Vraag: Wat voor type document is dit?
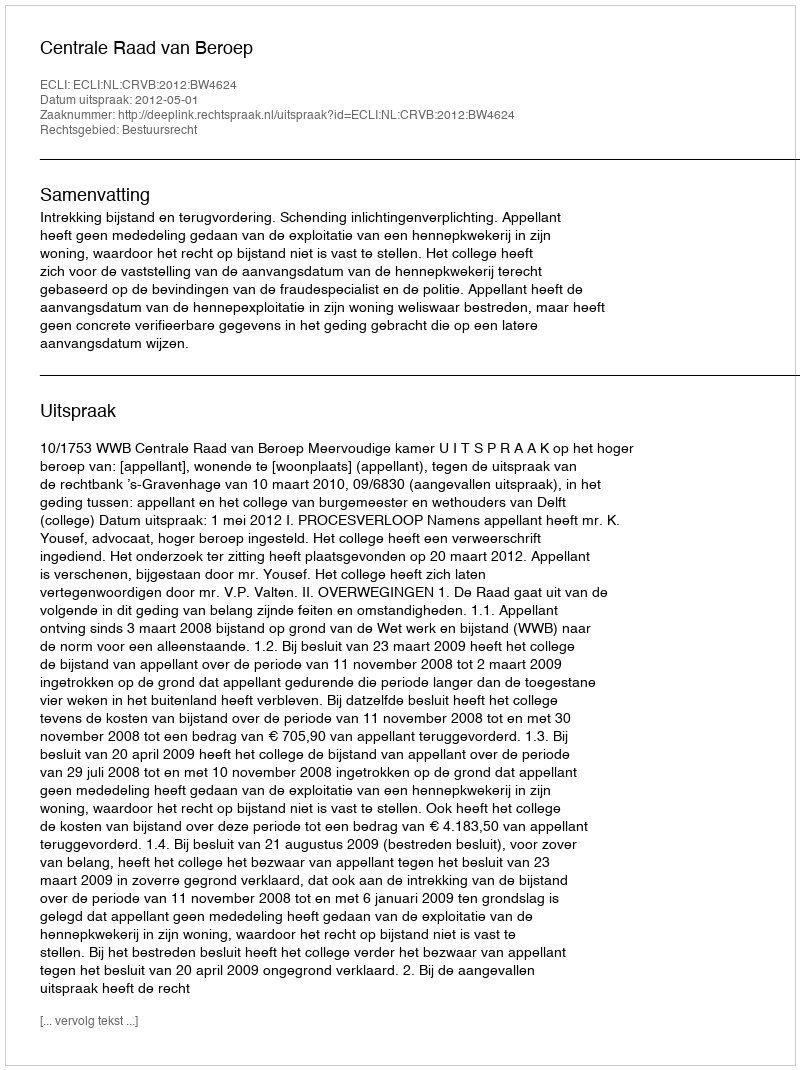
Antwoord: Uitspraak